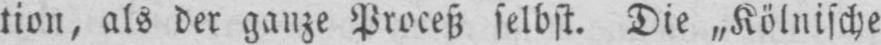
tion, als der ganze Proceß selbst. Die „Kölnische